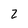
Character: Z